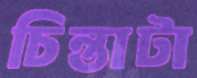
চিন্তাটা